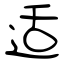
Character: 适